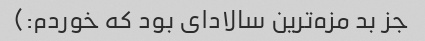
جز بد مزه‌ترین سالادای بود که خوردم:)